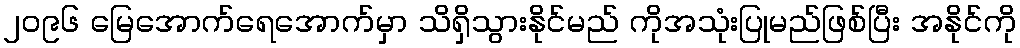
၂၀၉၆ မြေအောက်ရေအောက်မှာ သိရှိသွားနိုင်မည် ကိုအသုံးပြုမည်ဖြစ်ပြီး အနိုင်ကို